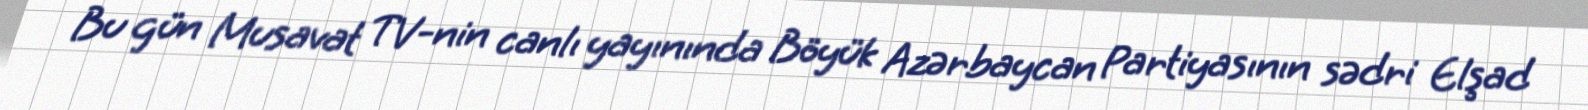
Bu gün Musavat TV-nin canlı yayınında Böyük Azərbaycan Partiyasının sədri Elşad